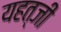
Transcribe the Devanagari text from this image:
यहत्जी